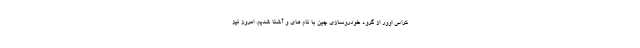
کراس اوور از گروه خودروسازی چین با نام های و آشنا شدیم. امروز نیز